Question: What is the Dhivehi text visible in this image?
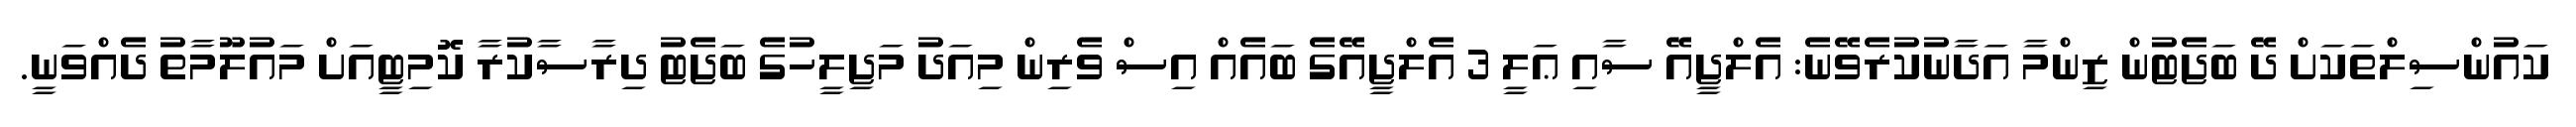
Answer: ކައުންސިލްތަކަށް ދޭ ބަޖެޓުން ޒިންމާ އަދާނުކުރެވޭނެ: އެލްޖީއޭ ސާއި ޢަލީ 3 އެލްޖީއޭގެ ބައެއް އިސް ވެރިން މިއަދު މަޖިލީހުގެ ބަޖެޓު ދިރާސާކުރާ ކޮމިޓީއަށް މައުލޫމާތު ދެއްވަނީ.